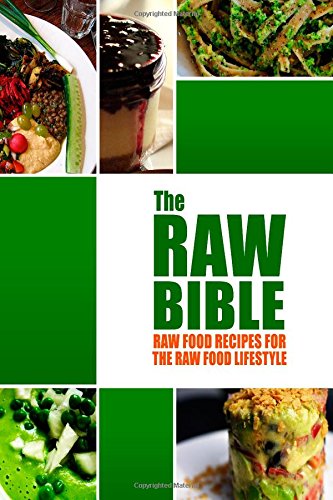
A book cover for The Raw Bible - Raw Food Recipes for the Raw Food Lifestyle: 200 Recipes - The Definitive Recipe Book; Modern Health Kitchen Publishing; Health, Fitness & Dieting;